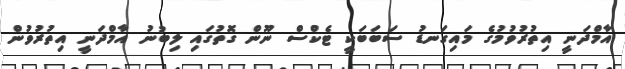
އާމްދަނީ އިތުރުވުމުގެ މައިގަނޑު ސަބަބަކީ ޓެކްސް ނޫން ގޮތުގައި ލިބުނު އާމްދަނީ އިތުރުވުން